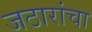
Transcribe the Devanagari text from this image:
जठारांचा